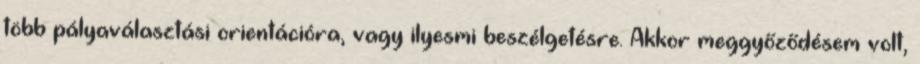
több pályaválasztási orientációra, vagy ilyesmi beszélgetésre. Akkor meggyőződésem volt,